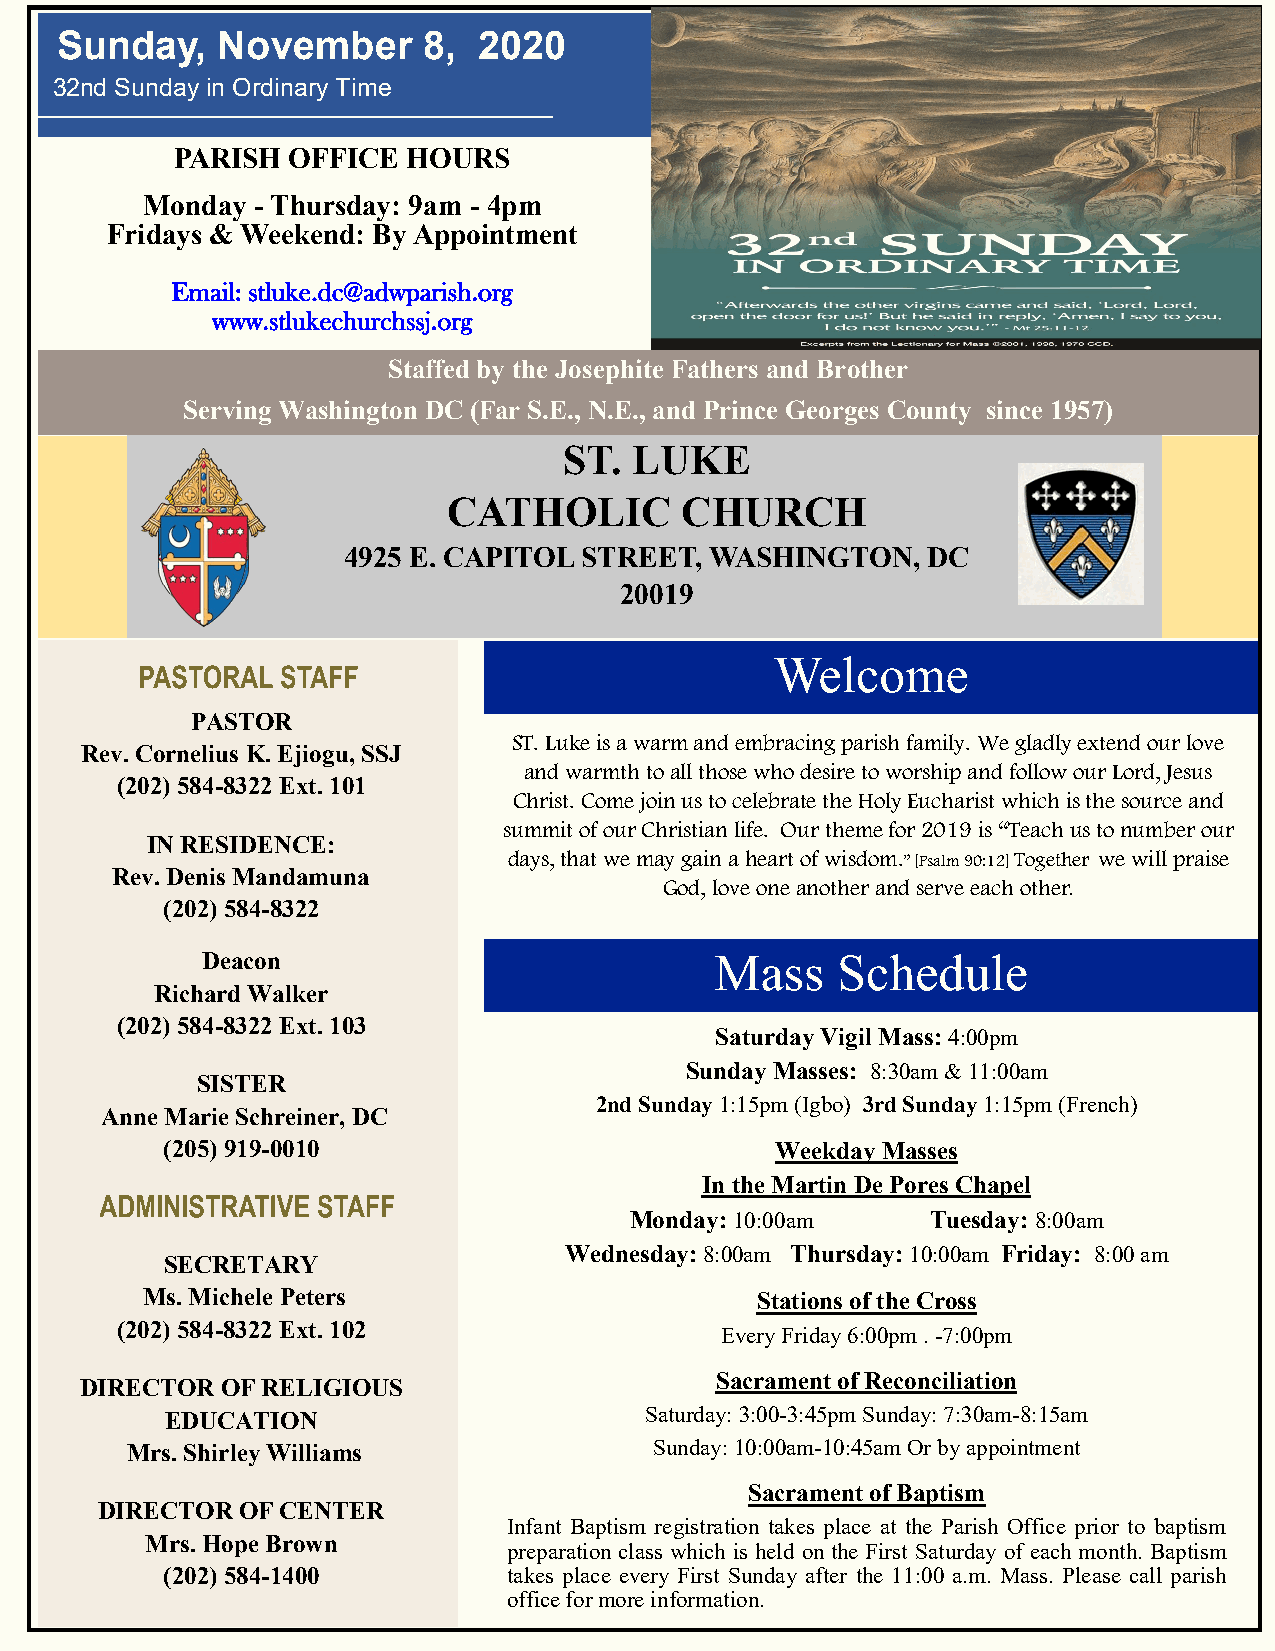
Sunday,   November      8,  2020
 32nd Sunday in Ordinary Time
 PARISH OFFICE  HOURS
 Monday  - Thursday: 9am - 4pm
 Fridays & Weekend: By Appointment
 Email: stluke.dc@adwparish.org
 www.stlukechurchssj.org
 Staffed by the Josephite Fathers and Brother
 Serving Washington DC (Far S.E., N.E., and Prince Georges County since 1957)
 ST.  LUKE
 CATHOLIC       CHURCH
 4925 E. CAPITOL STREET, WASHINGTON,   DC
 20019
 Welcome
 PASTOR
 ST. Luke is a warm and embracing parish family. We gladly extend our love
 Rev. Cornelius K. Ejiogu, SSJ
 and warmth to all those who desire to worship and follow our Lord, Jesus
 (202) 584-8322 Ext. 101
 Christ. Come join us to celebrate the Holy Eucharist which is the source and
 summit of our Christian life. Our theme for 2019 is “Teach us to number our
 IN RESIDENCE:
 days, that we may gain a heart of wisdom.” [Psalm 90:12] Together we will praise
 Rev. Denis Mandamuna
 God, love one another and serve each other.
 (202) 584-8322
 Deacon                            Mass    Schedule
 Richard Walker
 (202) 584-8322 Ext. 103
 Saturday Vigil Mass: 4:00pm
 Sunday Masses: 8:30am & 11:00am
 SISTER
 2nd Sunday 1:15pm (Igbo) 3rd Sunday 1:15pm (French)
 Anne Marie Schreiner, DC
 (205) 919-0010                          Weekday Masses
 In the Martin De Pores Chapel
 Monday: 10:00am     Tuesday: 8:00am
 Wednesday: 8:00am Thursday: 10:00am Friday: 8:00 am
 SECRETARY
 Ms. Michele Peters                       Stations of the Cross
 (202) 584-8322 Ext. 102                 Every Friday 6:00pm . -7:00pm
 Sacrament of Reconciliation
 DIRECTOR  OF RELIGIOUS
 EDUCATION                       Saturday: 3:00-3:45pm Sunday: 7:30am-8:15am
 Mrs. Shirley Williams              Sunday: 10:00am-10:45am Or by appointment
 Sacrament of Baptism
 DIRECTOR OF CENTER
 Infant Baptism registration takes place at the Parish Office prior to baptism
 Mrs. Hope Brown
 preparation class which is held on the First Saturday of each month. Baptism
 (202) 584-1400         takes place every First Sunday after the 11:00 a.m. Mass. Please call parish
 office for more information.